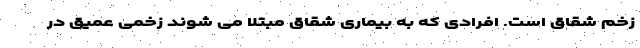
زخم شقاق است. افرادی که به بیماری شقاق مبتلا می شوند زخمی عمیق در